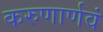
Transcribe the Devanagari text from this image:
करुणार्णवं